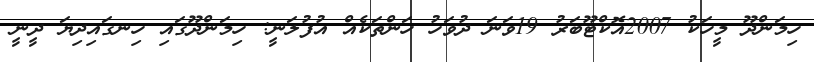
ހިމަންދޫ މީހަކު 2007އޮކްޓޫބަރު 19ވަނަ ދުވަހު ހަންތަކެއް އުފުލަނީ: ހިމަންދޫގައި ހިނގައިދިޔަ ދީނީ